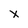
Character: X